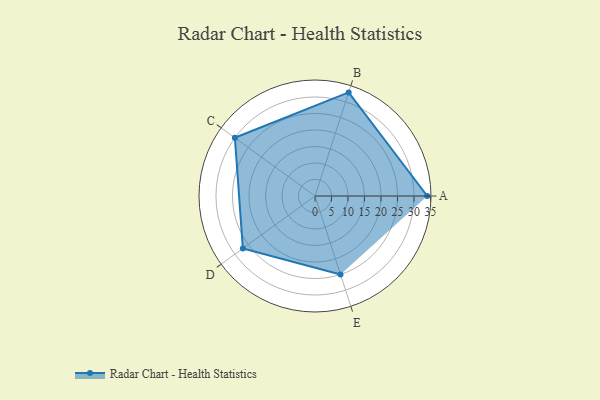
{"axis": {"x": "Skill", "y": "Score"}, "legend": ["Profile"], "data": [{"x": "A", "y": 34.0, "type": "Profile"}, {"x": "B", "y": 33.0, "type": "Profile"}, {"x": "C", "y": 30.0, "type": "Profile"}, {"x": "D", "y": 27.0, "type": "Profile"}, {"x": "E", "y": 25.0, "type": "Profile"}]}